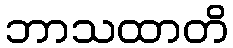
ဘာသထာတိ